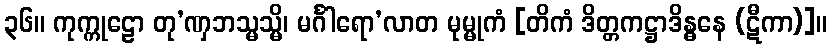
၃၆။ ကုက္ကုဠော တု’ဏှဘသ္မသ္မိ၊ မင်္ဂါရော’လာတ မုမ္မုကံ [တိကံ ဒိတ္တကဋ္ဌာဒိန္ဓနေ (ဋီကာ)]။